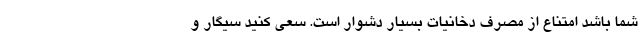
شما باشد امتناع از مصرف دخانیات بسیار دشوار است. سعی کنید سیگار و